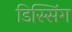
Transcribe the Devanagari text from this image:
डिस्सिंग